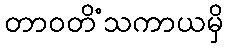
တာဝတိံသကာယမှိ